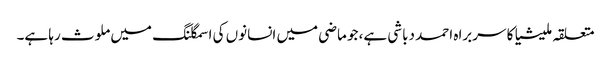
متعلقہ ملیشیا کا سربراہ احمد دباشی ہے، جو ماضی میں انسانوں کی اسمگلنگ میں ملوث رہا ہے۔